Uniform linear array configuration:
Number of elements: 24
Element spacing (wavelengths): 0.25
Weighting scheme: kaiser
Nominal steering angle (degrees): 15
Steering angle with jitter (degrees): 16.797
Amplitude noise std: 0.05
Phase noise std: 0.05

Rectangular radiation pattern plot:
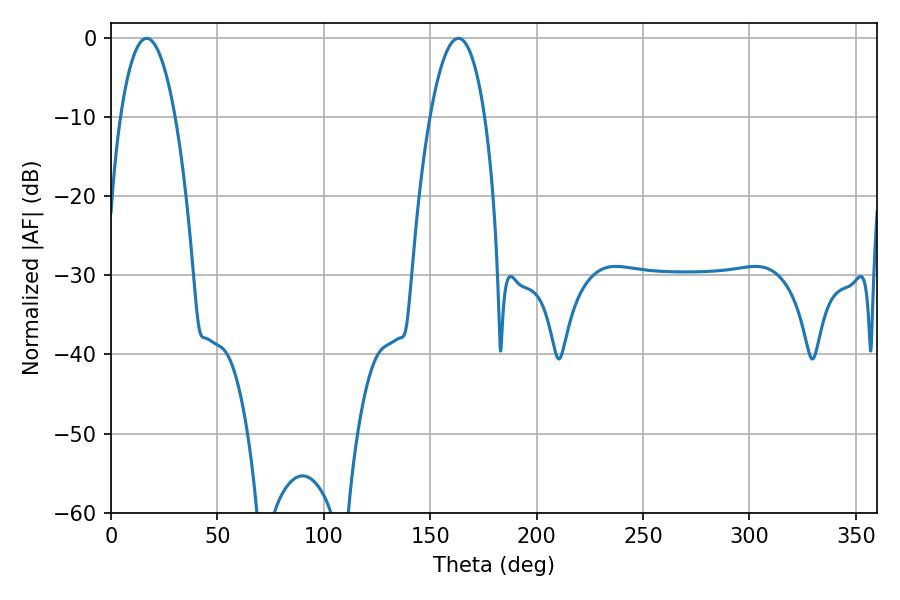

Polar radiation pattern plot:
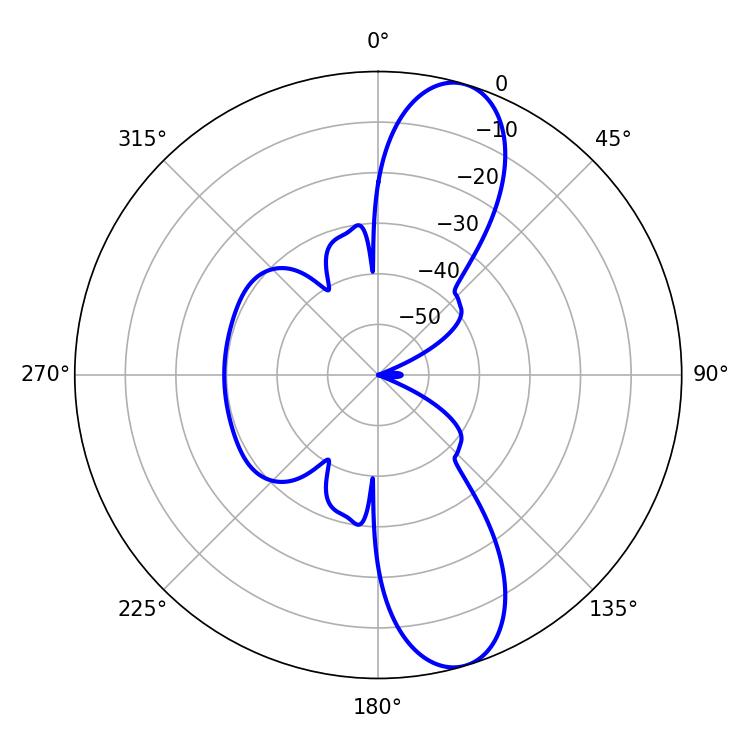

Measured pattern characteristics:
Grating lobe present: FALSE
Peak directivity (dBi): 11.15
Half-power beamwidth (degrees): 14.4
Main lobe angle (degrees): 16.74